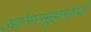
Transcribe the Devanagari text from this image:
उद्योगसमूहामध्ये